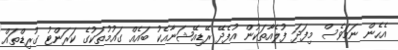
އެހެން ނަމަވެސް މިފަދަ ފުލެއާތަކުން އުފެދޭ ރޭޑިއޭޝަނާއެކު ބައެއް ގައުމުތަކުގެ ކަރަންޓު ގުރިޑްތައް